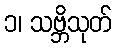
၁၊ သဗ္ဘိသုတ်